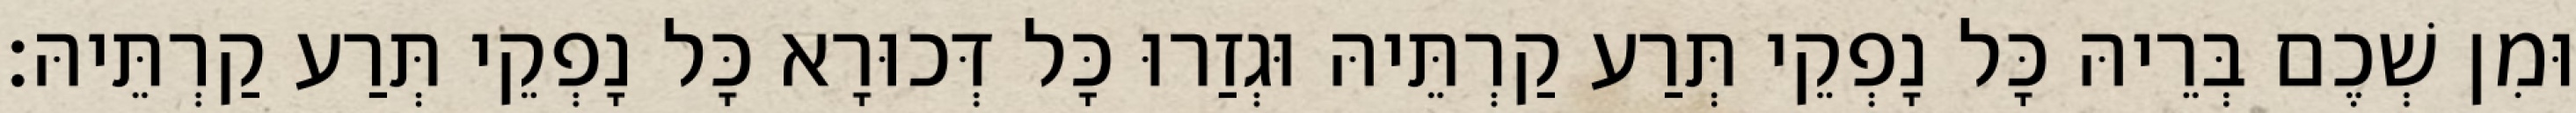
וּמִן שְׁכֶם בְּרֵיהּ כָּל נָפְקֵי תְּרַע קַרְתֵּיהּ וּגְזַרוּ כָּל דְּכוּרָא כָּל נָפְקֵי תְּרַע קַרְתֵּיהּ׃